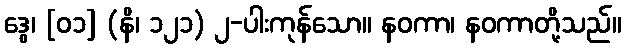
ဒွေ၊ [၀၁] (နိ၊ ၁၂၁) ၂-ပါးကုန်သော။ နဝကာ၊ နဝကာတို့သည်။